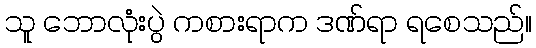
သူ ဘောလုံးပွဲ ကစားရာက ဒဏ်ရာ ရစေသည်။